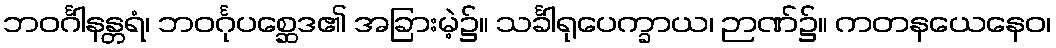
ဘဝင်္ဂါနန္တရံ၊ ဘဝင်္ဂုပစ္ဆေဒ၏ အခြားမဲ့၌။ သင်္ခါရုပေက္ခာယ၊ ဉာဏ်၌။ ကတနယေနေဝ၊